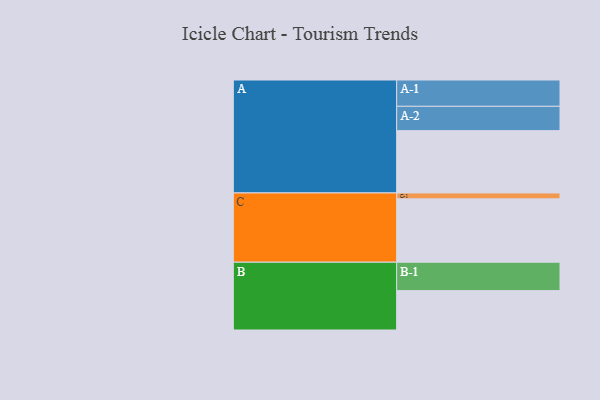
{"axis": {"x": "Segment", "y": "Value"}, "legend": ["", "A", "B", "C"], "data": [{"x": "A", "y": 538, "type": ""}, {"x": "B", "y": 340, "type": ""}, {"x": "C", "y": 547, "type": ""}, {"x": "A-1", "y": 227, "type": "A"}, {"x": "A-2", "y": 210, "type": "A"}, {"x": "B-1", "y": 245, "type": "B"}, {"x": "C-1", "y": 51, "type": "C"}]}